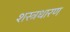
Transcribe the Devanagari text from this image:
शस्त्रधारण